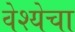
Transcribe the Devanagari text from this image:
वेश्येचा